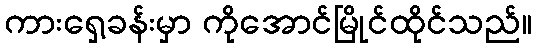
ကားရှေ့ခန်းမှာ ကိုအောင်မြိုင်ထိုင်သည်။